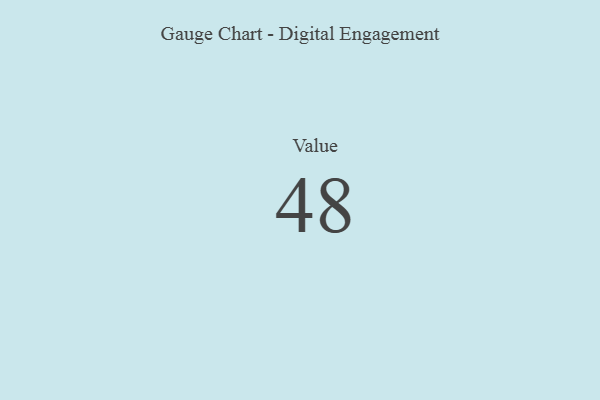
{"axis": {"x": "Metric", "y": "Value"}, "legend": [""], "data": [{"x": "Value", "y": 48, "type": ""}]}